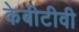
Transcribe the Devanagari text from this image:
केबीटीवी